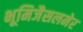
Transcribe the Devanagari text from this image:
भूमिजैसलमेर